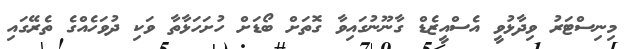
މިނިސްޓަރު ވިދާޅުވީ އެސްއީޒެޑް ގާނޫނުގައިވާ ގޮތަށް ބޯޑަށް ހުށަހަޅާތާ ވަކި ދުވަހެއްގެ ތެރޭގައި